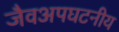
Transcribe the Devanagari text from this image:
जैवअपघटनीय